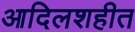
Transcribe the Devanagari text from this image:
आदिलशहीत